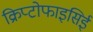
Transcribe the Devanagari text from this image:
क्रिप्टोफाइसिई